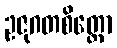
ဥဇုဂတစိတ္တော